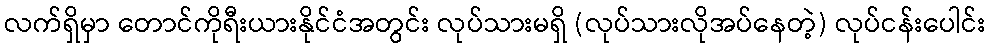
လက်ရှိမှာ တောင်ကိုရီးယားနိုင်ငံအတွင်း လုပ်သားမရှိ (လုပ်သားလိုအပ်နေတဲ့) လုပ်ငန်းပေါင်း